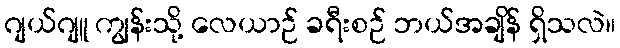
ဂျယ်ဂျူ ကျွန်းသို့ လေယာဉ် ခရီးစဉ် ဘယ်အချိန် ရှိသလဲ။